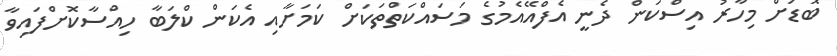
ބޮޑަށް މިހާރު އިސްކަން ދެނީ އެފްއޭއެމުގެ މަސައްކަތްތަކަށް ކަމަށާއި އެކަން ކްލަބާ ހިއްސާކޮށްފައިވާ